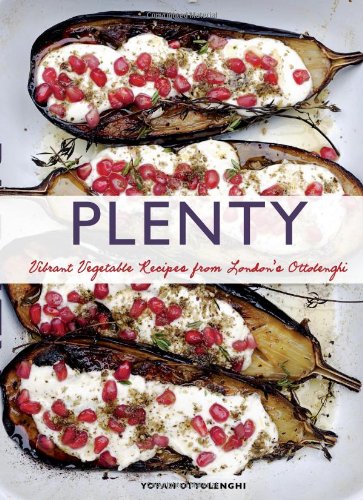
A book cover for Plenty: Vibrant Vegetable Recipes from London's Ottolenghi; Yotam Ottolenghi; Cookbooks, Food & Wine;